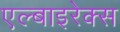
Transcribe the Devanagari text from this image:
एल्बाइरेक्स